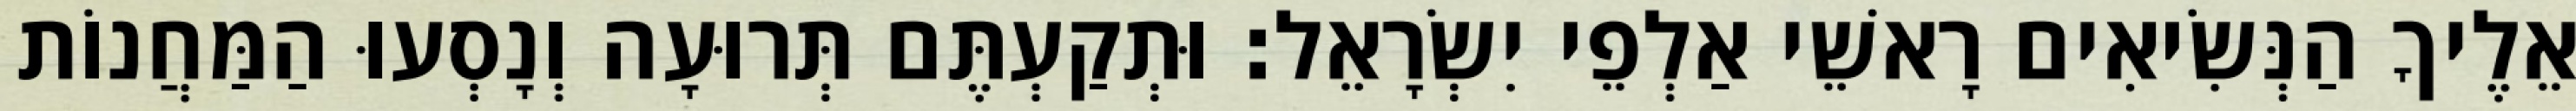
אֵלֶיךָ הַנְּשִׂיאִים רָאשֵׁי אַלְפֵי יִשְׂרָאֵל׃ וּתְקַעְתֶּם תְּרוּעָה וְנָסְעוּ הַמַּחֲנוֹת